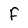
Character: f